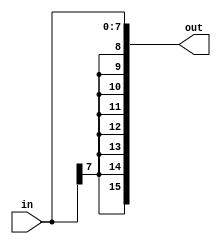
module EXT8_16(
  input[7:0] in,
  output[15:0] out
);

  assign out={{(8){in[7]}},in};
endmodule